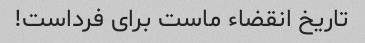
تاریخ انقضاء ماست برای فرداست!